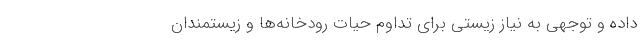
داده و توجهی به نیاز زیستی برای تداوم حیات رودخانه‌ها و زیستمندان